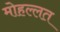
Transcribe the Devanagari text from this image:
मोहल्लत